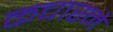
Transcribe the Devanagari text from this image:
कचारने